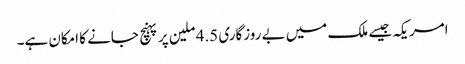
امریکہ جیسے ملک میں بے روزگاری 4.5 ملین پر پہنچ جانے کا امکان ہے۔